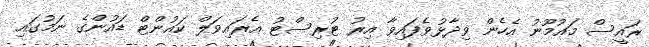
ރައީސް މައުމޫނު އެހެން ވިދާޅުވެފައިވާ އިރު ޓުރިސްޓު އެރައިވަލް ކައުންޓް ޑައުންގެ ނަމުގައި